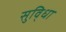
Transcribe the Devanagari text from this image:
सुवि्धा